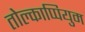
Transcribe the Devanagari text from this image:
तोल्काप्पियुम